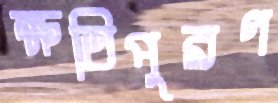
ক্ষতিপুরণ